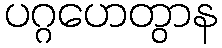
ပဂ္ဂဟေတွာန